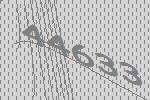
44633